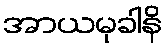
အာယမုခါနိ